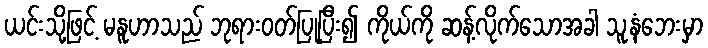
ယင်းသို့ဖြင့် မနူဟာသည် ဘုရားဝတ်ပြုပြီး၍ ကိုယ်ကို ဆန့်လိုက်သောအခါ သူ့နံဘေးမှာ